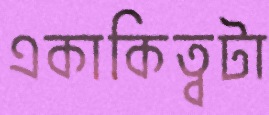
একাকিত্বটা